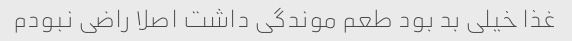
غذا خیلی بد بود طعم موندگی داشت اصلا راضی نبودم